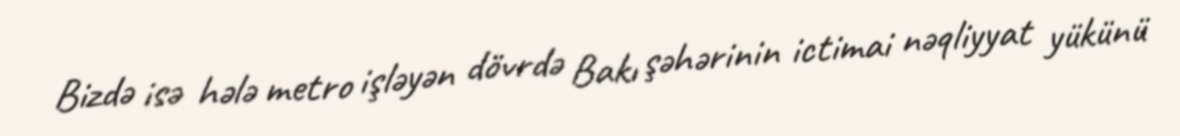
Bizdə isə hələ metro işləyən dövrdə Bakı şəhərinin ictimai nəqliyyat yükünü